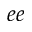
_ { e e }